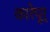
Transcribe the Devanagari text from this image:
कारेपूर्